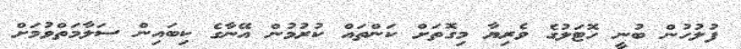
ފުލުހުން ބުނީ ހޮޓަލުގެ ވެރިޔާ މިގޮތަށް ކަންތައް ކުރުމުން އޭނާގެ ކިބައިން ސަލާމަތްވުމަށް